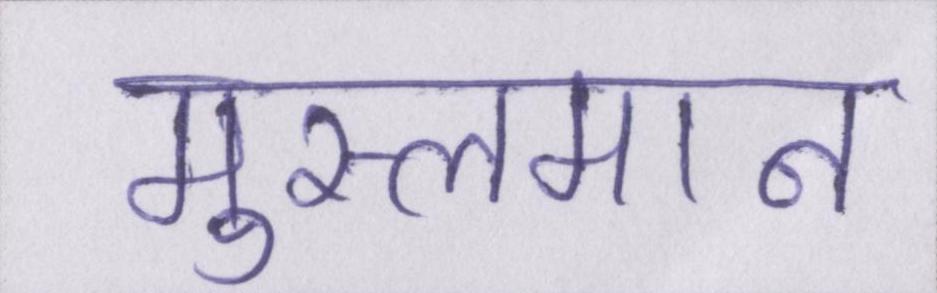
मुस्लमान